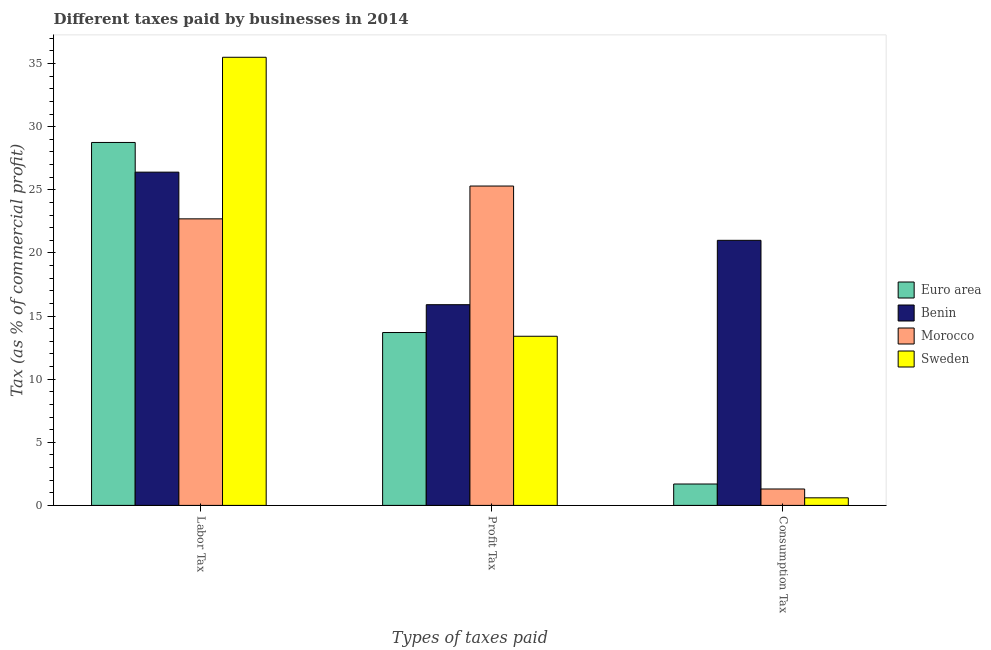
| Types of taxes paid | Euro area | Benin | Morocco | Sweden |
 | --- | --- | --- | --- | --- |
 | Labor Tax | 28.8 | 26.4 | 22.7 | 35.5 |
 | Profit Tax | 13.7 | 15.9 | 25.3 | 13.4 |
 | Consumption Tax | 1.69 | 21 | 1.3 | 0.6 |